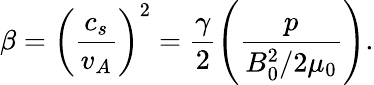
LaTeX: \beta=\left(\frac{c_{s}}{v_{A}}\right)^{2}=\frac{\gamma}{2}\left(\frac{p}{B_{0}^{2}/2\mu_{0}}\right).